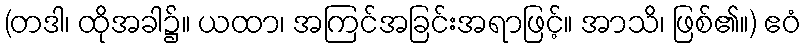
(တဒါ၊ ထိုအခါ၌။ ယထာ၊ အကြင်အခြင်းအရာဖြင့်။ အာသိ၊ ဖြစ်၏။) ဧဝံ